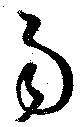
易